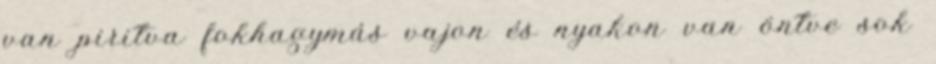
van piritva fokhagymás vajon és nyakon van öntve sok